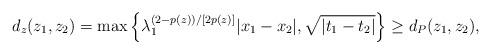
LaTeX: \begin{align*}d_z(z_1,z_2)= \max\left\{\lambda_1^{(2-p(z))/[2p(z)]}|x_1-x_2|,\sqrt{|t_1-t_2|}\right\}\geq d_P(z_1,z_2),\end{align*}